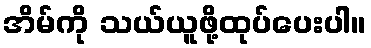
အိမ်ကို သယ်ယူဖို့ထုပ်ပေးပါ။